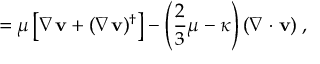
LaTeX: \mathbf { \tau } = \mu \left[ \nabla \mathbf { v } + ( \nabla \mathbf { v } ) ^ { \dagger } \right] - \left( { \frac { 2 } { 3 } } \mu - \kappa \right) ( \nabla \cdot \mathbf { v } ) \mathbf { \delta } ,